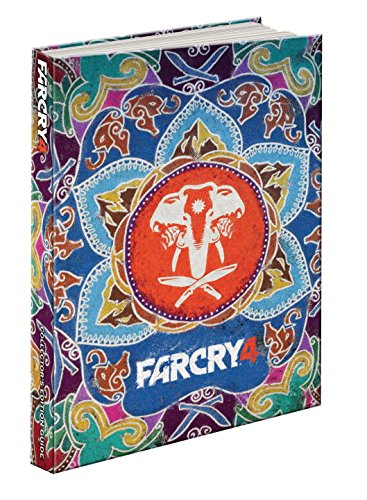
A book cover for Far Cry 4 Collector's Edition: Prima Official Game Guide; Prima Games; Humor & Entertainment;